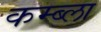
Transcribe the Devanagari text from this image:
कम्ब्ला